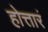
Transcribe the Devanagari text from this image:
होत्तारं